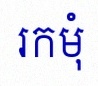
រកមុំ